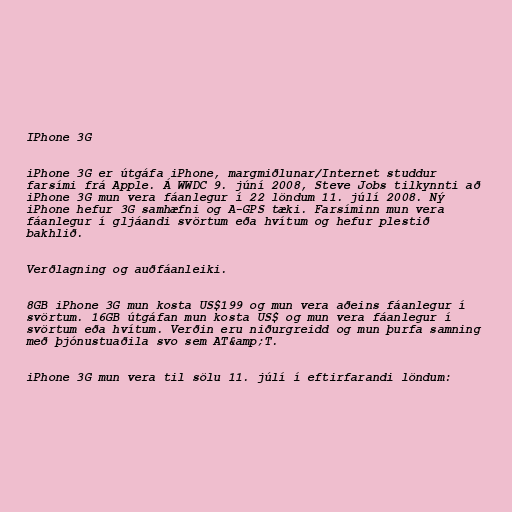
IPhone 3G

iPhone 3G er útgáfa iPhone, margmiðlunar/Internet studdur
farsími frá Apple. Á WWDC 9. júní 2008, Steve Jobs tilkynnti að
iPhone 3G mun vera fáanlegur í 22 löndum 11. júlí 2008. Ný
iPhone hefur 3G samhæfni og A-GPS tæki. Farsíminn mun vera
fáanlegur í gljáandi svörtum eða hvítum og hefur plestið
bakhlið.

Verðlagning og auðfáanleiki.

8GB iPhone 3G mun kosta US$199 og mun vera aðeins fáanlegur í
svörtum. 16GB útgáfan mun kosta US$ og mun vera fáanlegur í
svörtum eða hvítum. Verðin eru niðurgreidd og mun þurfa samning
með þjónustuaðila svo sem AT&amp;T.

iPhone 3G mun vera til sölu 11. júlí í eftirfarandi löndum: